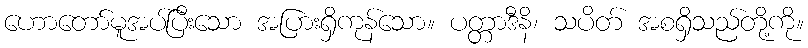
ဟောတော်မူအပ်ပြီးသော အပြားရှိကုန်သော။ ပတ္တာဒီနိ၊ သပိတ် အစရှိသည်တို့ကို။